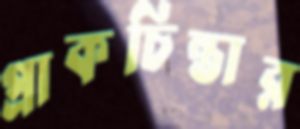
প্রাকচিন্তার